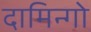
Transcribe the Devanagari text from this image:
दामिन्गो